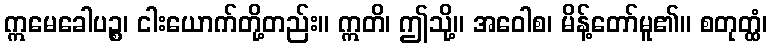
ဣမေခေါပဉ္စ၊ ငါးယောက်တို့တည်း။ ဣတိ၊ ဤသို့။ အဝေါစ၊ မိန့်တော်မူ၏။ စတုတ္ထံ၊